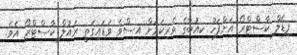
ފިޑެލް ކާސްޓްރޯ އަށްފަހު ކިއުބާގެ ވެރިކަމަށް އިސްވެ ވަޑައިގަތީ ރައުލް ކާސްޓްރޯ އެވެ.